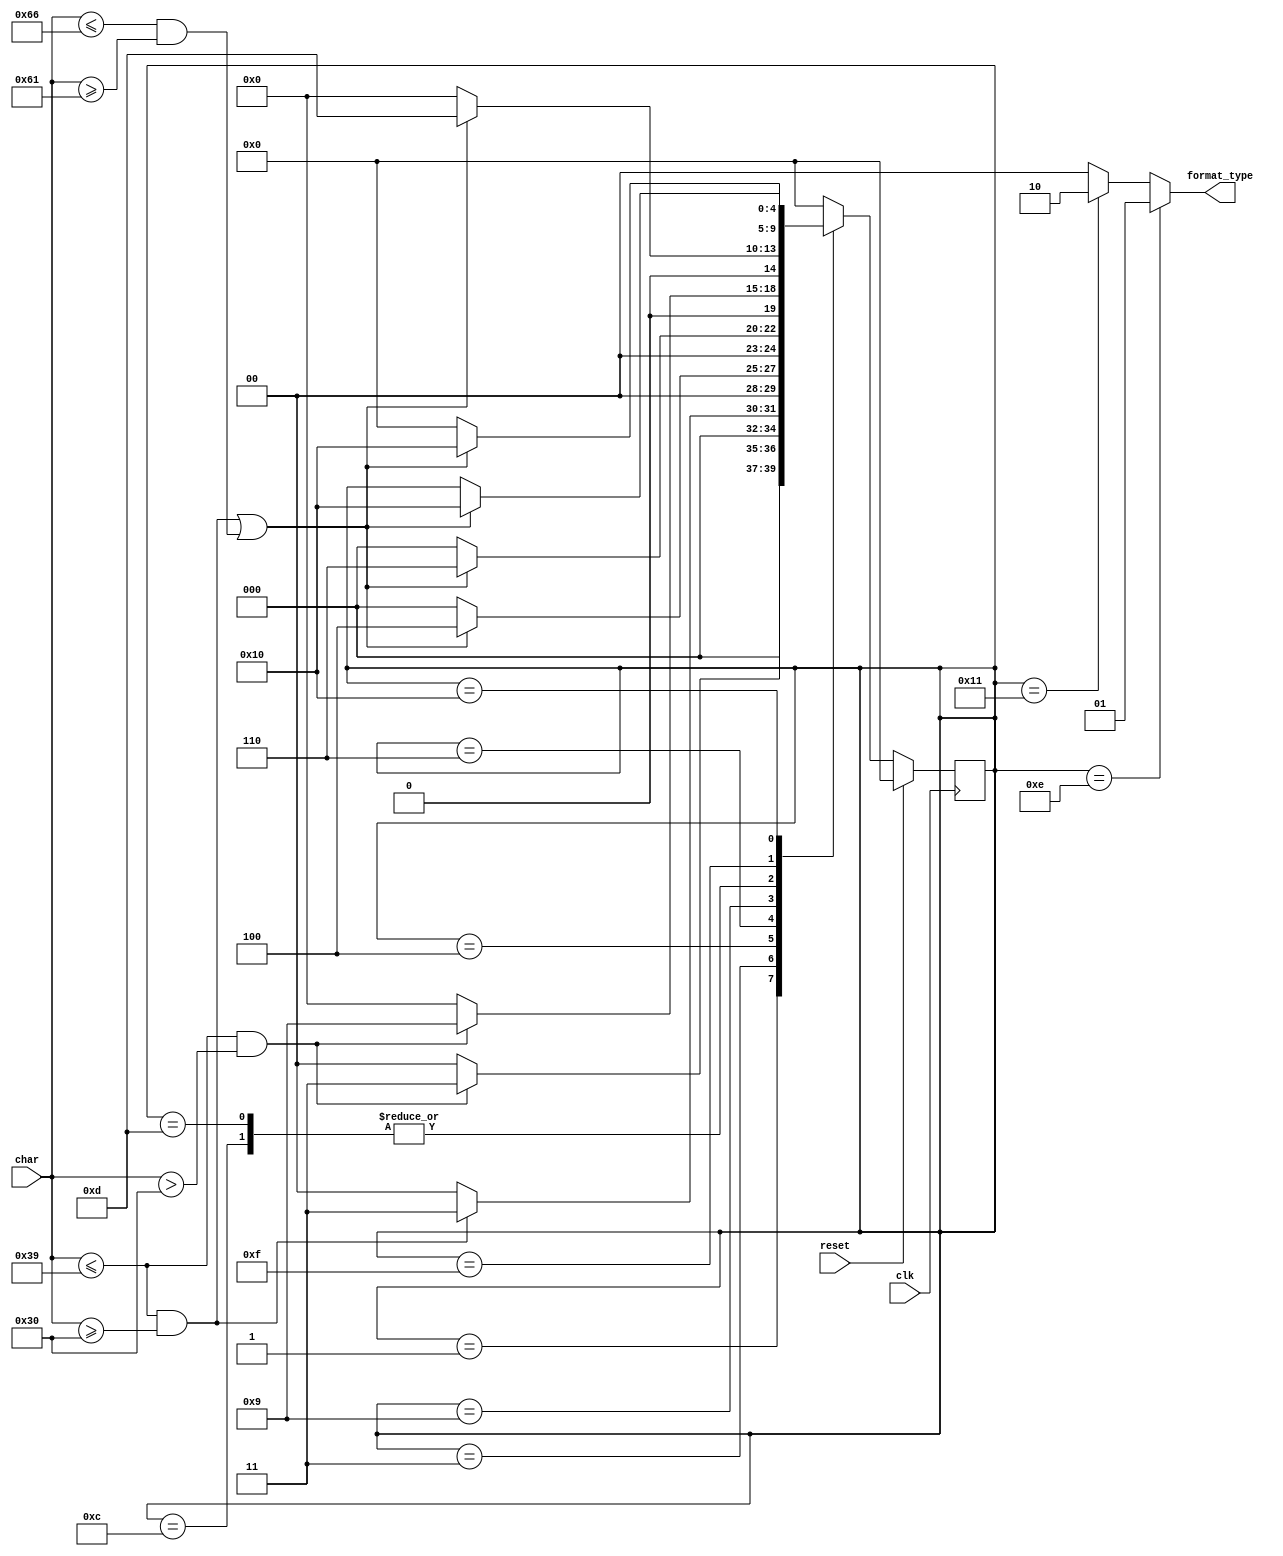
`define S0 5'b00000
`define S1 5'b00001
`define S2 5'b00010
`define S3 5'b00011
`define S4 5'b00100
`define S5 5'b00101
`define S6 5'b00110
`define S7 5'b00111
`define S8 5'b01000
`define S9 5'b01001
`define S10 5'b01010
`define S11 5'b01011
`define S12 5'b01100
`define S13 5'b01101
`define S14 5'b01110
`define S15 5'b01111
`define S16 5'b10000
`define S17 5'b10001
`define Asterisk 8'b00101010
`define Numsign 8'b00100011
`define Dollar 8'b00100100
`define Zero 8'b00110000
`define Nine 8'b00111001
`define Less 8'b00111100
`define Equal 8'b00111101
`define At 8'b01000000
`define Caret 8'b01011110
`define A 8'b01100001
`define F 8'b01100110
`define Colon 8'b00111010
`define Space 8'b00100000
`define CounterZeroThreeBits 3'b000
`define CounterZeroFourBits 4'b0000

module cpu_checker(
    input clk,
    input reset,
    input char,
    output [1:0] format_type
);

    reg [4:0] status;
    reg [2:0] counter1;
    reg [2:0] counter2;
    reg [3:0] counter3;
    reg [3:0] counter4;
    reg [3:0] counter5;
    reg [3:0] counter6;


    always @(posedge clk) begin
        if (reset == 1'b1) begin
            status <= `S0;
            counter1 <= `CounterZeroThreeBits;
            counter2 <= `CounterZeroThreeBits;
            counter3 <= `CounterZeroFourBits;
            counter4 <= `CounterZeroFourBits;
            counter5 <= `CounterZeroFourBits;
            counter6 <= `CounterZeroFourBits;
        end
        else begin
            case (status)
                `S0: begin
                    if (char == `Caret) begin // ^
                        status <= `S1;
                    end
                    else begin
                        status <= `S0;
                    end
                end
                `S1: begin
                    if (char > `Zero && char <= `Nine) begin
                        status <= `S3;
                    end
                    else begin
                        status <= `S0;
                    end
                end
                `S3: begin
                    if (char >= `Zero && char <= `Nine) begin
                        counter1 <= counter1 + 3'b001;
                        status <= `S3;
                    end
                    else if (char == `At) begin  // @
                        if (counter1 <= 3'b010) begin
                            counter1 <= `CounterZeroThreeBits;
                            status <= `S4;
                        end
                        else begin
                            counter1 <= `CounterZeroThreeBits;
                            status <= `S0;
                        end
                    end
                    else begin
                        counter1 <= `CounterZeroThreeBits;
                        status <= `S0;
                    end
                end
                `S4: begin
                    if ((char <= `Nine && char >= `Zero) || (char <= `F && char >= `A)) begin
                        counter3 <= counter3 + 4'b0001;
                        status <= `S4;
                    end
                    else if (char == `Colon) begin // :
                        if (counter3 == 4'b0111) begin
                            counter3 <= `CounterZeroFourBits;
                            status <= `S5;
                        end
                        else begin
                            counter3 <= `CounterZeroFourBits;
                            status <= `S0;
                        end
                    end
                    else begin
                        counter3 <= `CounterZeroFourBits;
                        status <= `S0;
                    end
                end
                `S5: begin
                    if (char == `Space) begin
                        status <= `S5;
                    end
                    else if (char == `Asterisk) begin
                        status <= `S6;
                    end
                    else if (char == `Dollar) begin
                        status <= `S9;
                    end
                    else begin
                        status <= `S0;
                    end
                end
                `S6: begin
                    if ((char <= `Nine && char >= `Zero) || (char <= `F && char >= `A)) begin
                        counter4 <= counter4 + 4'b0001;
                        status <= `S6;
                    end
                    else if (char == `Less) begin
                        if (counter4 == 4'b0111) begin
                            counter4 <= `CounterZeroFourBits;
                            status <= `S7;
                        end
                        else begin
                            counter4 <= `CounterZeroFourBits;
                            status <= `S0;
                        end
                    end
                    else if (char == `Space) begin
                        if (counter4 == 4'b0111) begin
                            counter4 <= `CounterZeroFourBits;
                            status <= `S8;
                        end
                        else begin
                            counter4 <= `CounterZeroFourBits;
                            status <= `S0;
                        end
                    end
                    else begin
                        counter4 <= `CounterZeroFourBits;
                        status <= `S0;
                    end
                end
                `S7: begin
                    if (char == `Equal) begin
                        status <= `S15;
                    end
                    else begin
                        status <= `S0;
                    end
                end
                `S8: begin
                    if (char == `Space) begin
                        status <= `S8;
                    end
                    else if (char == `Less) begin
                        status <= `S7;
                    end
                    else begin
                        status <= `S0;
                    end
                end
                `S9: begin
                    if ((char <= `Nine && char > `Zero)) begin
                        counter2 <= counter2 + 3'b001;
                        status <= `S9;
                    end
                    else if (char == `Space) begin
                        if (counter2 <= 3'b011) begin
                            counter2 <= `CounterZeroThreeBits;
                            status <= `S10;
                        end
                        else begin
                            counter2 <= `CounterZeroThreeBits;
                            status <= `S0;
                        end
                    end
                    else if (char == `Less) begin
                        if (counter2 <= 3'b011) begin
                            counter2 <= `CounterZeroThreeBits;
                            status <= `S11;
                        end
                        else begin
                            counter2 <= `CounterZeroThreeBits;
                            status <= `S0;
                        end
                    end
                    else begin
                        counter2 <= `CounterZeroThreeBits;
                        status <= `S0;
                    end
                end
                `S10: begin
                    if (char == `Space) begin
                        status <= `S10;
                    end
                    else if (char == `Less) begin
                        status <= `S11;
                    end
                    else begin
                        status <= `S0;
                    end
                end
                `S11: begin
                    if (char == `Equal) begin
                        status <= `S12;
                    end
                    else begin
                        status <= `S0;
                    end
                end
                `S12: begin
                    if (char == `Space) begin
                        status <= `S12;
                    end
                    else if ((char <= `Nine && char >= `Zero) || (char <= `F && char >= `A)) begin
                        status <= `S13;
                    end
                    else begin
                        status <= `S0;
                    end
                end
                `S13: begin
                    if ((char <= `Nine && char >= `Zero) || (char <= `F && char >= `A)) begin
                        counter6 <= counter6 + 4'b0001;
                        status <= `S13;
                    end
                    else if (char == `Numsign) begin
                        if (counter6 == 4'b0110) begin
                            counter6 <= `CounterZeroFourBits;
                            status <= `S14;
                        end
                        else begin
                            counter6 <= `CounterZeroFourBits;
                            status <= `S0;
                        end
                    end
                    else begin
                        counter6 <= `CounterZeroFourBits;
                        status <= `S0;
                    end
                end
                `S14: begin
                    status <= `S0;
                end
                `S15: begin
                    if (char == `Space) begin
                        status <= `S15;
                    end
                    else if ((char <= `Nine && char >= `Zero) || (char <= `F && char >= `A)) begin
                        status <= `S16;
                    end
                end
                `S16: begin
                    if ((char <= `Nine && char >= `Zero) || (char <= `F && char >= `A)) begin
                        counter5 <= counter5 + 4'b0001;
                        status <= `S16;
                    end
                    else if (char == `Numsign) begin
                        if (counter5 == 4'b0110) begin
                            status <= `S17;
                        end
                        else begin
                            counter5 <= `CounterZeroFourBits;
                            status <= `S0;
                        end
                    end
                    else begin
                        counter5 <= `CounterZeroFourBits;
                        status <= `S0;
                    end
                end
                `S17: begin
                    status <= `S0;
                end
                default: begin
                    status <= `S0;
                end
            endcase
        end
    end
    
    assign format_type = status == `S14 ? 2'b01 :
                         status == `S17 ? 2'b10 :
                         2'b00; 
endmodule //cpu_checker